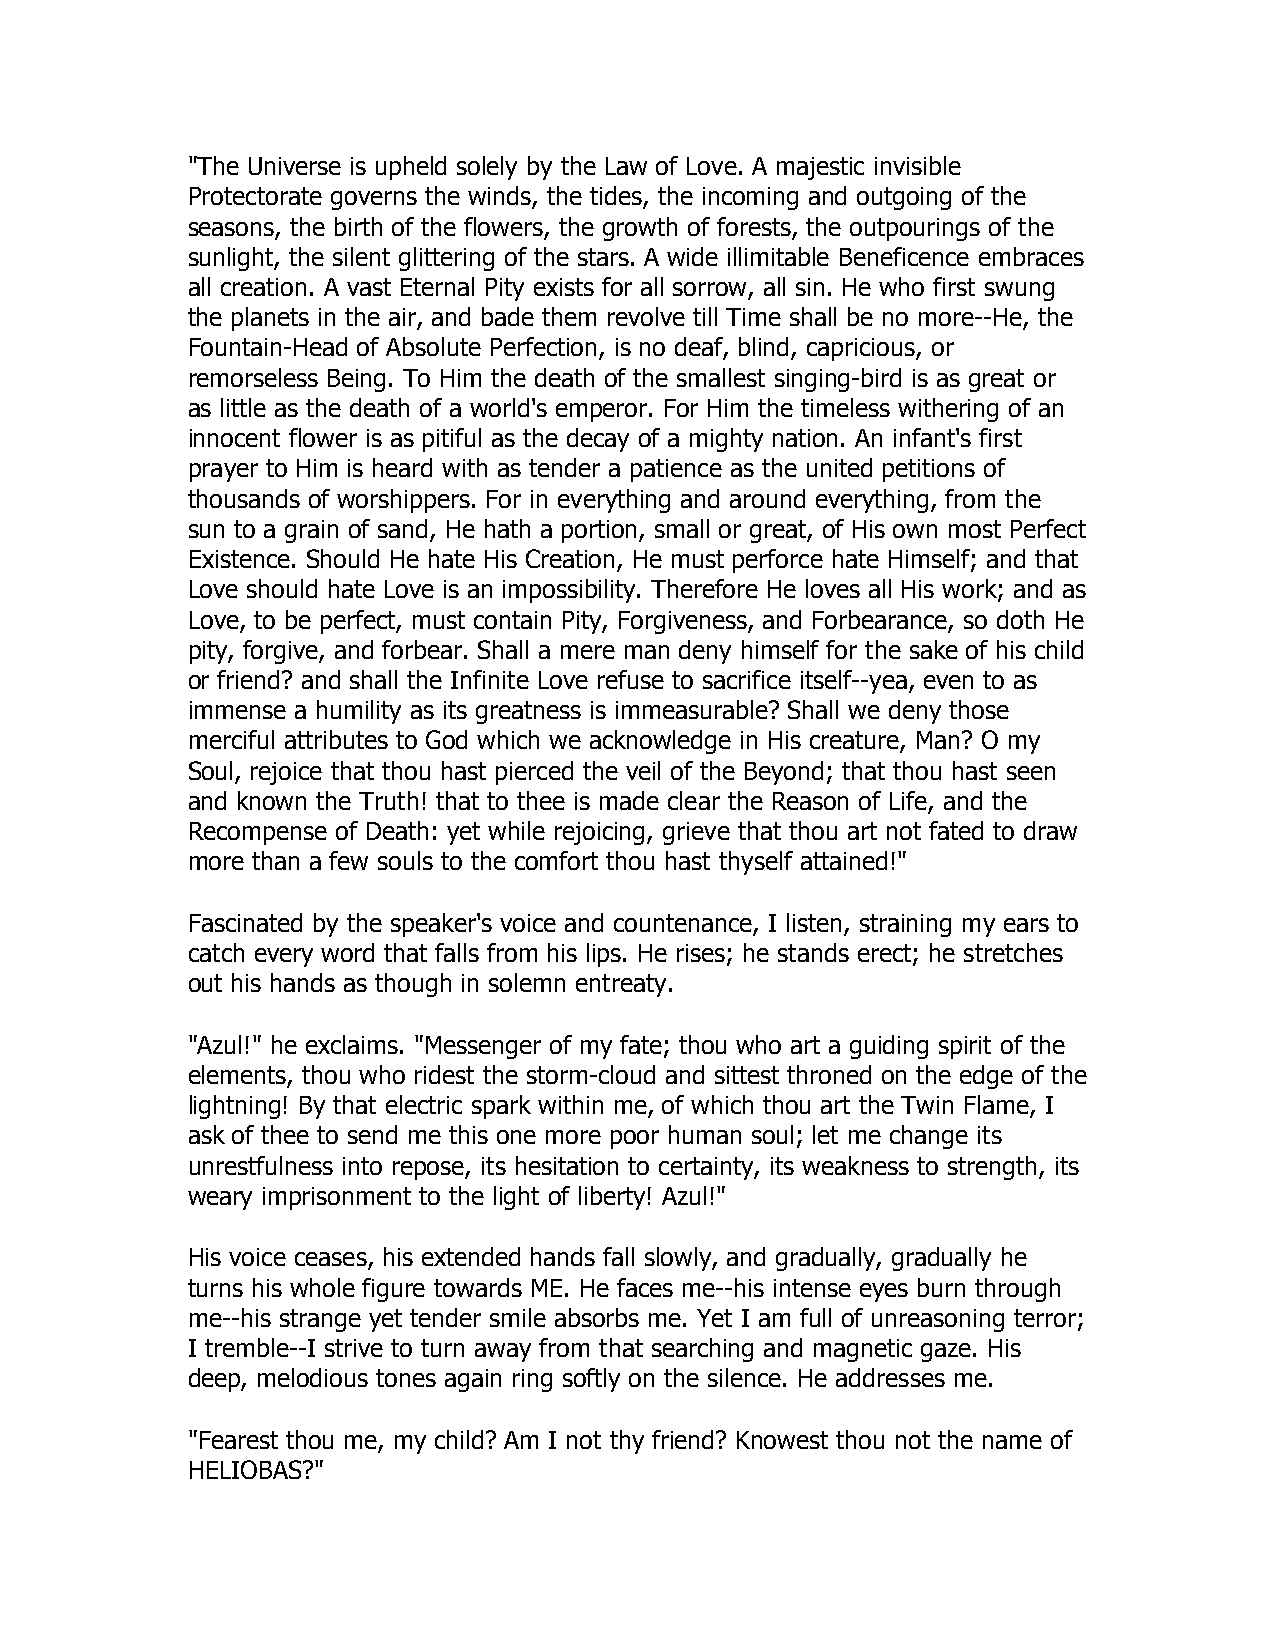
"The Universe is upheld solely by the Law of Love. A majestic invisible
 Protectorate governs the winds, the tides, the incoming and outgoing of the
 seasons, the birth of the flowers, the growth of forests, the outpourings of the
 sunlight, the silent glittering of the stars. A wide illimitable Beneficence embraces
 all creation. A vast Eternal Pity exists for all sorrow, all sin. He who first swung
 the planets in the air, and bade them revolve till Time shall be no more--He, the
 Fountain-Head of Absolute Perfection, is no deaf, blind, capricious, or
 remorseless Being. To Him the death of the smallest singing-bird is as great or
 as little as the death of a world's emperor. For Him the timeless withering of an
 innocent flower is as pitiful as the decay of a mighty nation. An infant's first
 prayer to Him is heard with as tender a patience as the united petitions of
 thousands of worshippers. For in everything and around everything, from the
 sun to a grain of sand, He hath a portion, small or great, of His own most Perfect
 Existence. Should He hate His Creation, He must perforce hate Himself; and that
 Love should hate Love is an impossibility. Therefore He loves all His work; and as
 Love, to be perfect, must contain Pity, Forgiveness, and Forbearance, so doth He
 pity, forgive, and forbear. Shall a mere man deny himself for the sake of his child
 or friend? and shall the Infinite Love refuse to sacrifice itself--yea, even to as
 immense a humility as its greatness is immeasurable? Shall we deny those
 merciful attributes to God which we acknowledge in His creature, Man? O my
 Soul, rejoice that thou hast pierced the veil of the Beyond; that thou hast seen
 and known the Truth! that to thee is made clear the Reason of Life, and the
 Recompense of Death: yet while rejoicing, grieve that thou art not fated to draw
 more than a few souls to the comfort thou hast thyself attained!"
 Fascinated by the speaker's voice and countenance, I listen, straining my ears to
 catch every word that falls from his lips. He rises; he stands erect; he stretches
 out his hands as though in solemn entreaty.
 "Azul!" he exclaims. "Messenger of my fate; thou who art a guiding spirit of the
 elements, thou who ridest the storm-cloud and sittest throned on the edge of the
 lightning! By that electric spark within me, of which thou art the Twin Flame, I
 ask of thee to send me this one more poor human soul; let me change its
 unrestfulness into repose, its hesitation to certainty, its weakness to strength, its
 weary imprisonment to the light of liberty! Azul!"
 His voice ceases, his extended hands fall slowly, and gradually, gradually he
 turns his whole figure towards ME. He faces me--his intense eyes burn through
 me--his strange yet tender smile absorbs me. Yet I am full of unreasoning terror;
 I tremble--I strive to turn away from that searching and magnetic gaze. His
 deep, melodious tones again ring softly on the silence. He addresses me.
 "Fearest thou me, my child? Am I not thy friend? Knowest thou not the name of
 HELIOBAS?"